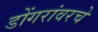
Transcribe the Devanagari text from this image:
डोंगरांवरचे